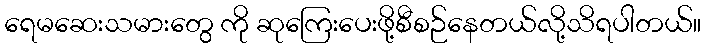
ရေမဆေးသမားတွေ ကို ဆုကြေးပေးဖို့စီစဉ်နေတယ်လို့သိရပါတယ်။